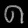
Digit: ၈